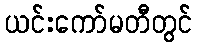
ယင်းကော်မတီတွင်